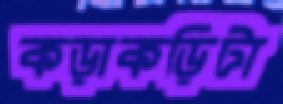
কড়াকড়িটা